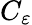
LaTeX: C_{\varepsilon}